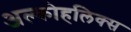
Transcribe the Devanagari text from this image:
अल्कोहलिक्स